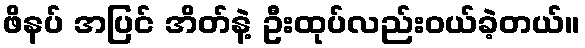
ဖိနပ် အပြင် အိတ်နဲ့ ဦးထုပ်လည်းဝယ်ခဲ့တယ်။